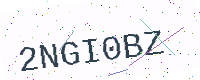
Text: 2NGI0BZ